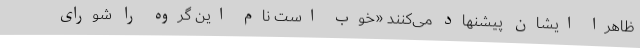
ظاهراً ایشان‌ پیشنهاد می‌کنند «خوب‌ است‌ نام‌ این‌ گروه‌ را شورای‌